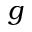
g